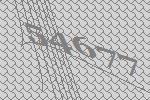
54677